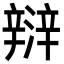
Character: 㵷